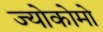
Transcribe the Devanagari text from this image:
ज्योकोमो